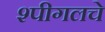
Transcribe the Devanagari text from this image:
श्पीगलचे